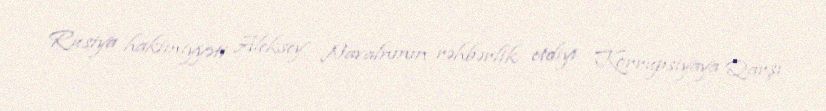
Rusiya hakimiyyəti Aleksey Navalnının rəhbərlik etdiyi Korrupsiyaya Qarşı